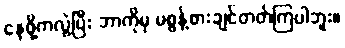
နေဖို့ကလွဲပြီး ဘာကိုမှ မစွန့်စားချင်တတ်ကြပါဘူး။